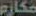
مكارم